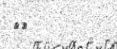
٢٤